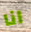
انا